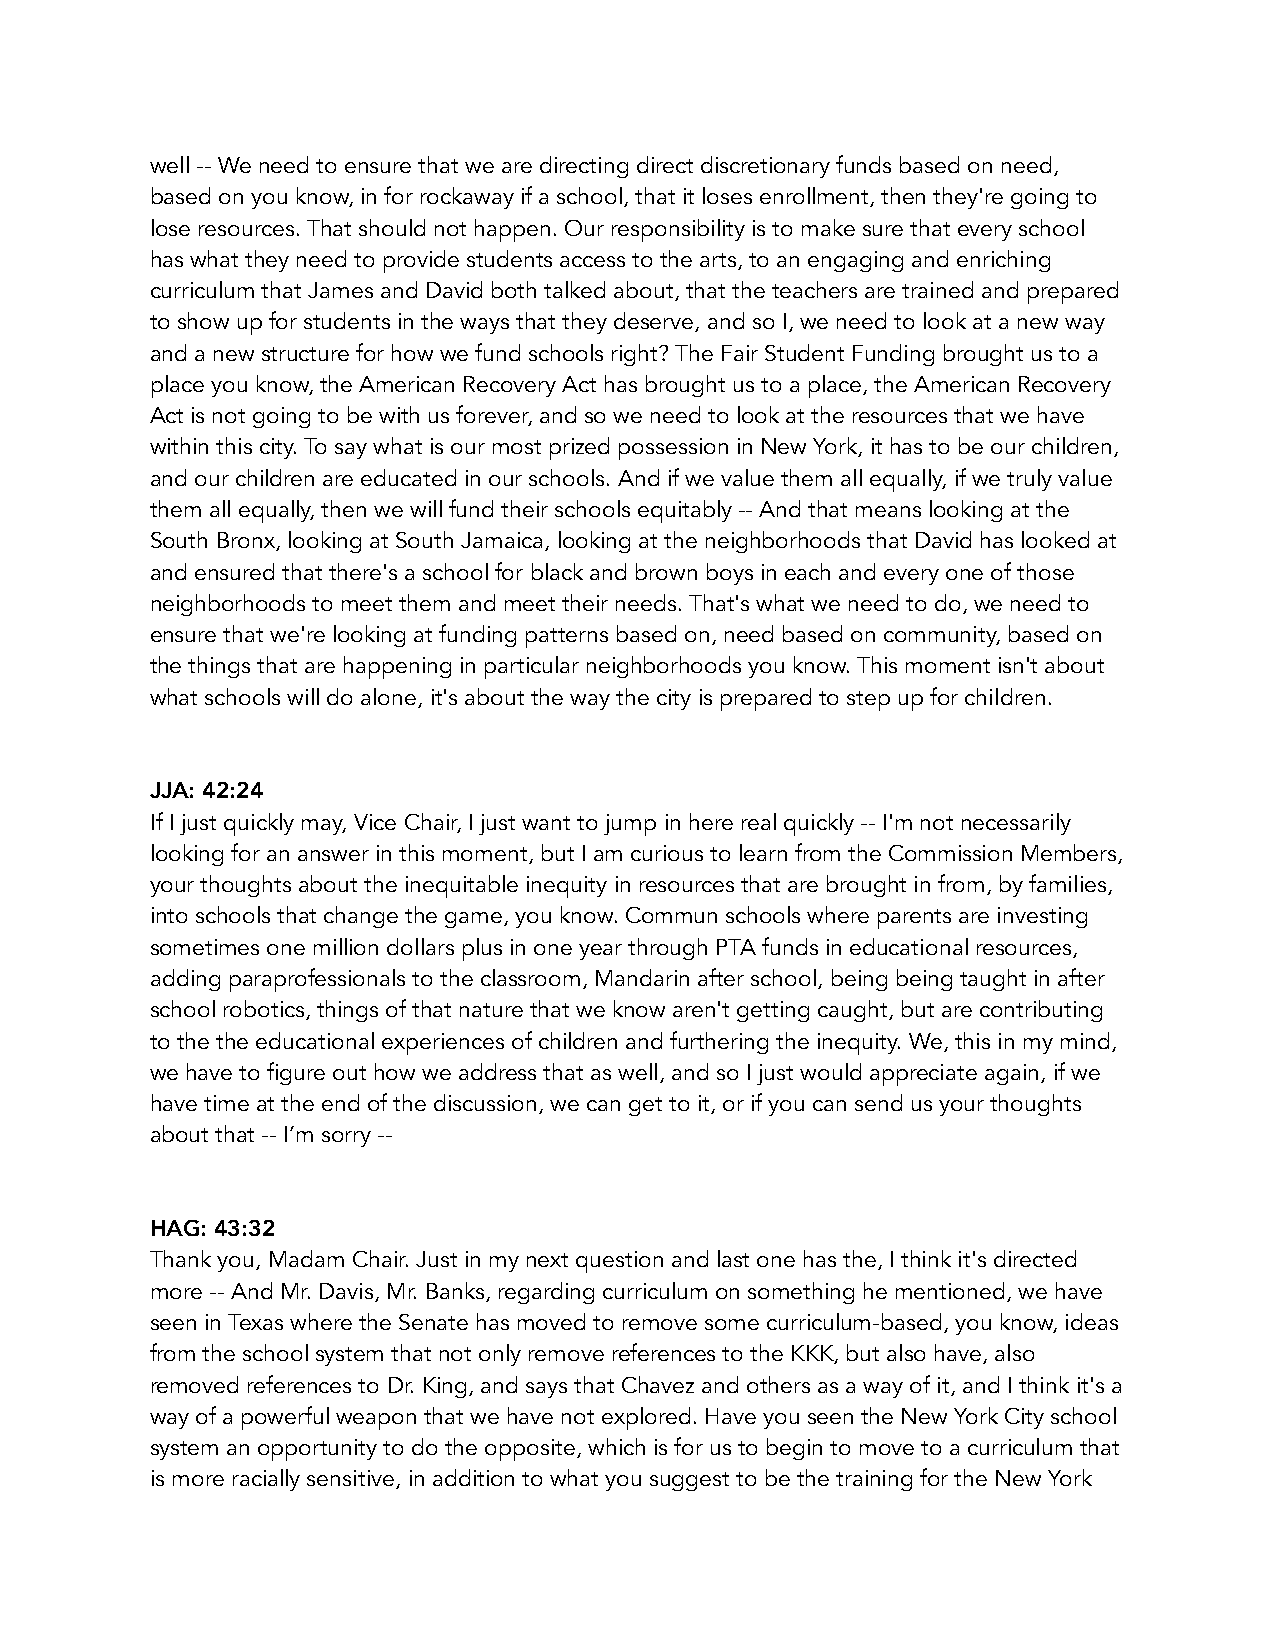
well -- We need to ensure that we are directing direct discretionary funds based on need,
 based on you know, in for rockaway if a school, that it loses enrollment, then they're going to
 lose resources. That should not happen. Our responsibility is to make sure that every school
 has what they need to provide students access to the arts, to an engaging and enriching
 curriculum that James and David both talked about, that the teachers are trained and prepared
 to show up for students in the ways that they deserve, and so I, we need to look at a new way
 and a new structure for how we fund schools right? The Fair Student Funding brought us to a
 place you know, the American Recovery Act has brought us to a place, the American Recovery
 Act is not going to be with us forever, and so we need to look at the resources that we have
 within this city. To say what is our most prized possession in New York, it has to be our children,
 and our children are educated in our schools. And if we value them all equally, if we truly value
 them all equally, then we will fund their schools equitably -- And that means looking at the
 South Bronx, looking at South Jamaica, looking at the neighborhoods that David has looked at
 and ensured that there's a school for black and brown boys in each and every one of those
 neighborhoods to meet them and meet their needs. That's what we need to do, we need to
 ensure that we're looking at funding patterns based on, need based on community, based on
 the things that are happening in particular neighborhoods you know. This moment isn't about
 what schools will do alone, it's about the way the city is prepared to step up for children.
 JJA: 42:24
 If I just quickly may, Vice Chair, I just want to jump in here real quickly -- I'm not necessarily
 looking for an answer in this moment, but I am curious to learn from the Commission Members,
 your thoughts about the inequitable inequity in resources that are brought in from, by families,
 into schools that change the game, you know. Commun schools where parents are investing
 sometimes one million dollars plus in one year through PTA funds in educational resources,
 adding paraprofessionals to the classroom, Mandarin after school, being being taught in after
 school robotics, things of that nature that we know aren't getting caught, but are contributing
 to the the educational experiences of children and furthering the inequity. We, this in my mind,
 we have to figure out how we address that as well, and so I just would appreciate again, if we
 have time at the end of the discussion, we can get to it, or if you can send us your thoughts
 about that -- I’m sorry --
 HAG: 43:32
 Thank you, Madam Chair. Just in my next question and last one has the, I think it's directed
 more -- And Mr. Davis, Mr. Banks, regarding curriculum on something he mentioned, we have
 seen in Texas where the Senate has moved to remove some curriculum-based, you know, ideas
 from the school system that not only remove references to the KKK, but also have, also
 removed references to Dr. King, and says that Chavez and others as a way of it, and I think it's a
 way of a powerful weapon that we have not explored. Have you seen the New York City school
 system an opportunity to do the opposite, which is for us to begin to move to a curriculum that
 is more racially sensitive, in addition to what you suggest to be the training for the New York